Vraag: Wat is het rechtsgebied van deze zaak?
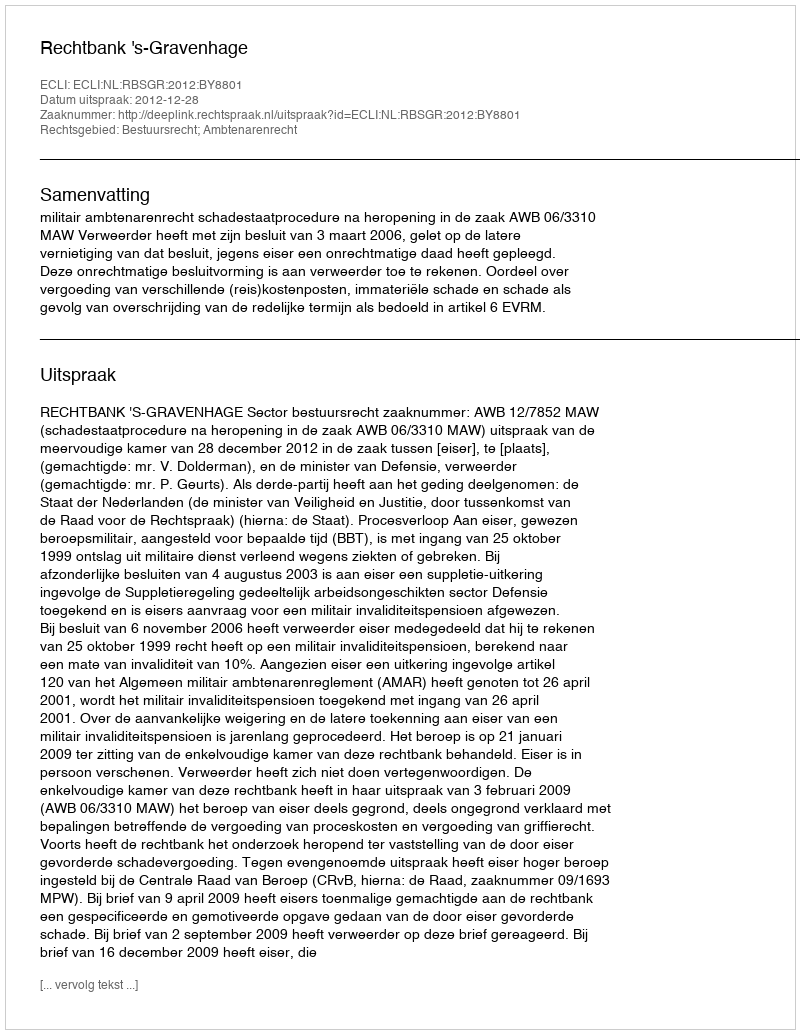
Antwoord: Bestuursrecht; Ambtenarenrecht